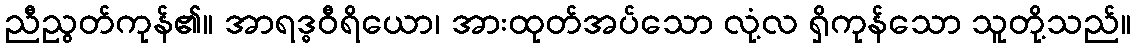
ညီညွတ်ကုန်၏။ အာရဒ္ဓဝီရိယော၊ အားထုတ်အပ်သော လုံ့လ ရှိကုန်သော သူတို့သည်။